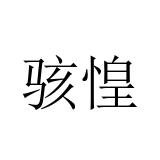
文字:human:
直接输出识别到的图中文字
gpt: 骇惶